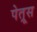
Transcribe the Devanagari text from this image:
पेत्रूस